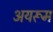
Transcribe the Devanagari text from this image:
अयरूम